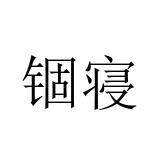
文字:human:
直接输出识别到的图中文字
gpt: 锢寝